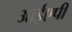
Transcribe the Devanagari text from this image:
आईएपी